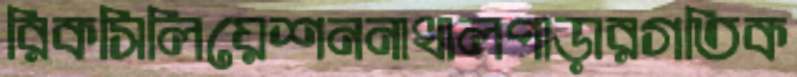
রিকসিলিয়েশননাখালপাড়ারগতিক